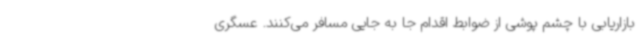
بازاریابی با چشم پوشی از ضوابط اقدام جا به جایی مسافر می‌کنند. عسگری